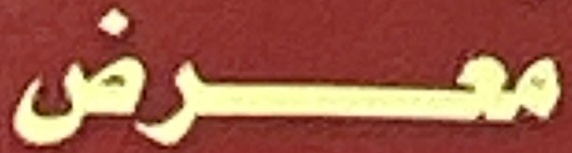
معرض